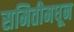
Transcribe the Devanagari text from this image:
समितीमधून